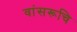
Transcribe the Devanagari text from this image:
वांसरूचि